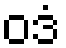
ဝဒံ